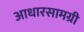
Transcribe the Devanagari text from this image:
आधारसामग्री